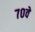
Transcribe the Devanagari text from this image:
७०वे